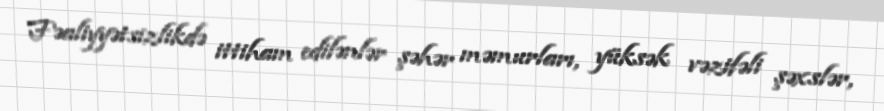
Fəaliyyətsizlikdə ittiham edilənlər şəhər məmurları, yüksək vəzifəli şəxslər,